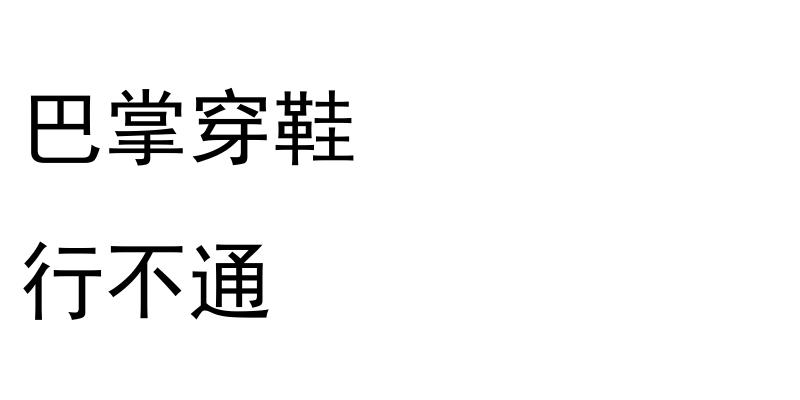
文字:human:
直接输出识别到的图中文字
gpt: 巴掌穿鞋 行不通